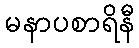
မနာပစာရိနီ